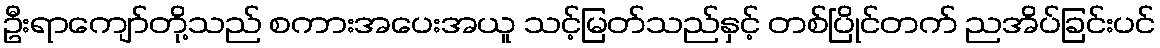
ဦးရာကျော်တို့သည် စကားအပေးအယူ သင့်မြတ်သည်နှင့် တစ်ပြိုင်တက် ညအိပ်ခြင်းပင်